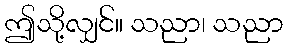
ဤသို့လျှင်။ သညာ၊ သညာ